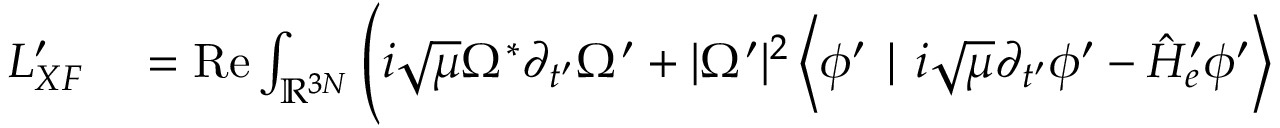
\begin{array} { r l } { L _ { X F } ^ { \prime } } & { { } = \operatorname { R e } \int _ { \ensuremath { \mathbb { R } } ^ { 3 N } } \Bigg ( i \sqrt { \mu } \Omega ^ { * } \partial _ { t ^ { \prime } } \Omega ^ { \prime } + | \Omega ^ { \prime } | ^ { 2 } \left\langle \phi ^ { \prime } \mid i \sqrt { \mu } \partial _ { t ^ { \prime } } \phi ^ { \prime } - \hat { H } _ { e } ^ { \prime } \phi ^ { \prime } \right\rangle } \end{array}